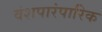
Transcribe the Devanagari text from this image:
वंशपारंपारिक